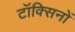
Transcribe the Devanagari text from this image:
टॉक्सिनों